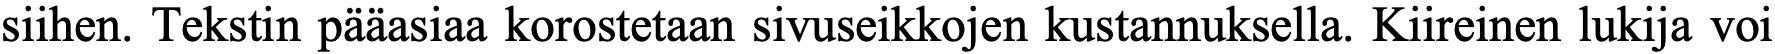
siihen. Tekstin pääasiaa korostetaan sivuseikkojen kustannuksella. Kiireinen lukija voi